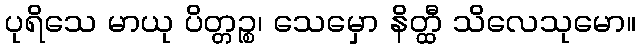
ပုရိသေ မာယု ပိတ္တဉ္စ၊ သေမှော နိတ္ထီ သိလေသုမော။